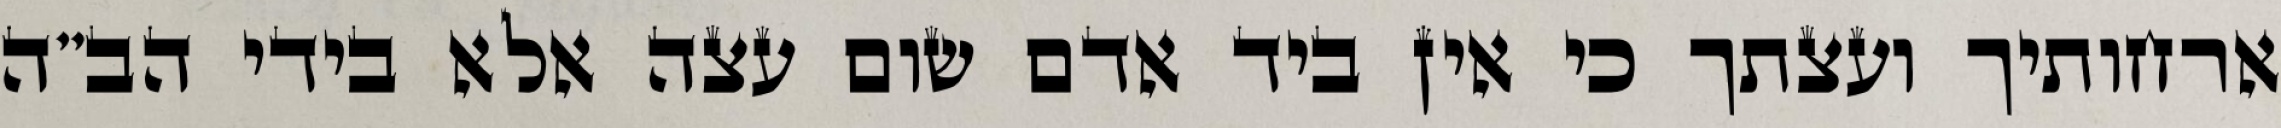
ארחותיך ועצתך כי אין ביד אדם שום עצה אלא בידי הב”ה